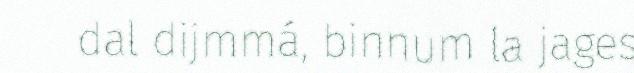
dal dijmmá, binnum la jages